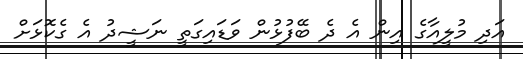
އަދި މުލީއާގެ އިން އެ ދެ ބޭފުޅުން ވަޑައިގަތީ ނަޝީދު އެ ގެކޮޅަށް